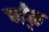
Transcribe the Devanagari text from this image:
चौक्